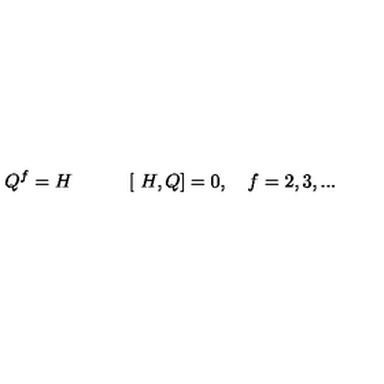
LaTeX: Q ^ { f } = H \: \: \: \: \: \: \: \: \: \: \: \: \ [ \ H , Q ] = 0 , \: \: \: \ f = 2 , 3 , . . .